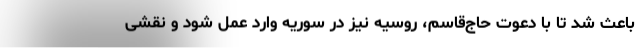
باعث شد تا با دعوت حاج‌قاسم، روسیه نیز در سوریه وارد عمل شود و نقشی